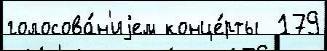
голосова́н'иjем конце́рты  179